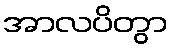
အာလပိတွာ